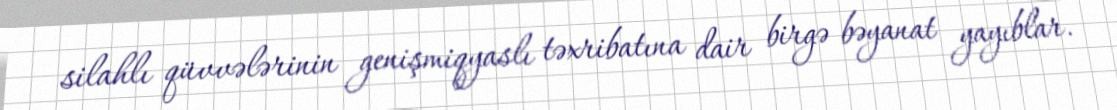
silahlı qüvvələrinin genişmiqyaslı təxribatına dair birgə bəyanat yayıblar.